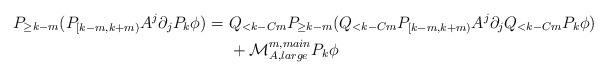
LaTeX: \begin{align*}P_{\geq k-m}( P_{[k-m,k+m)} A^j \partial_j P_k \phi) = & \ Q_{< k -Cm} P_{\geq k-m}( Q_{<k-Cm} P_{[k-m,k+m)} A^j \partial_j Q_{<k-Cm} P_k \phi) \\ & \ + \mathcal M_{A,large}^{m,main} P_k \phi \end{align*}